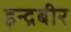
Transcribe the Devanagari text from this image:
इन्द्रबीर